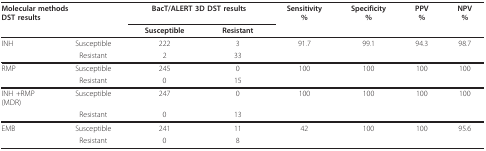
<table><thead><tr><td colspan="2"><b>Molecular methodsDST results</b></td><td colspan="2"><b>BacT/ALERT 3D DST results</b></td><td><b>Sensitivity%</b></td><td><b>Specificity%</b></td><td><b>PPV%</b></td><td><b>NPV%</b></td></tr><tr><td></td><td></td><td><b>Susceptible</b></td><td><b>Resistant</b></td><td></td><td></td><td></td><td></td></tr></thead><tbody><tr><td>INH</td><td>Susceptible</td><td>222</td><td>3</td><td>91.7</td><td>99.1</td><td>94.3</td><td>98.7</td></tr><tr><td></td><td>Resistant</td><td>2</td><td>33</td><td></td><td></td><td></td><td></td></tr><tr><td>RMP</td><td>Susceptible</td><td>245</td><td>0</td><td>100</td><td>100</td><td>100</td><td>100</td></tr><tr><td></td><td>Resistant</td><td>0</td><td>15</td><td></td><td></td><td></td><td></td></tr><tr><td>INH +RMP(MDR)</td><td>Susceptible</td><td>247</td><td>0</td><td>100</td><td>100</td><td>100</td><td>100</td></tr><tr><td></td><td>Resistant</td><td>0</td><td>13</td><td></td><td></td><td></td><td></td></tr><tr><td>EMB</td><td>Susceptible</td><td>241</td><td>11</td><td>42</td><td>100</td><td>100</td><td>95.6</td></tr><tr><td></td><td>Resistant</td><td>0</td><td>8</td><td></td><td></td><td></td><td></td></tr></tbody></table>